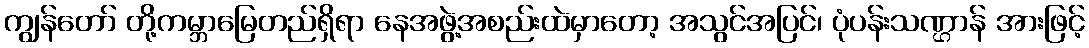
ကျွန်တော် တို့ကမ္ဘာမြေတည်ရှိရာ နေအဖွဲ့အစည်းထဲမှာတော့ အသွင်အပြင်၊ ပုံပန်းသဏ္ဌာန် အားဖြင့်